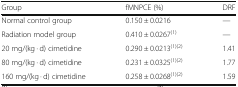
| Group | fMNPCE (%) | DRF |
 | --- | --- | --- |
 | Normal control group | 0.150 ± 0.0216 | — |
 | Radiation model group | 0.410 ± 0.0267(1) | — |
 | 20 mg/(kg · d) cimetidine | 0.290 ± 0.0213(1)(2) | 1.41 |
 | 80 mg/(kg · d) cimetidine | 0.231 ± 0.0325(1)(2) | 1.77 |
 | 160 mg/(kg · d) cimetidine | 0.258 ± 0.0268(1)(2) | 1.59 |